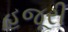
હજૂરી